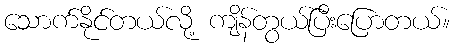
သောက်နိုင်တယ်လို့ ကျိန်တွယ်ပြီးပြောတယ်။